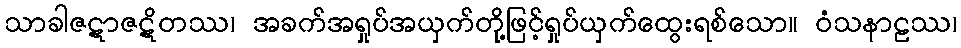
သာခါဇဋာဇဋိတဿ၊ အခက်အရှုပ်အယှက်တို့ဖြင့်ရှုပ်ယှက်ထွေးရစ်သော။ ဝံသနာဠဿ၊